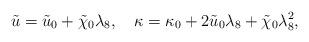
LaTeX: \begin{align*}{\tilde u}={\tilde u}_0+\tilde\chi_0\lambda_8, \quad\kappa =\kappa_0+2{\tilde u}_0\lambda_8+\tilde\chi_0\lambda^2_8,\end{align*}